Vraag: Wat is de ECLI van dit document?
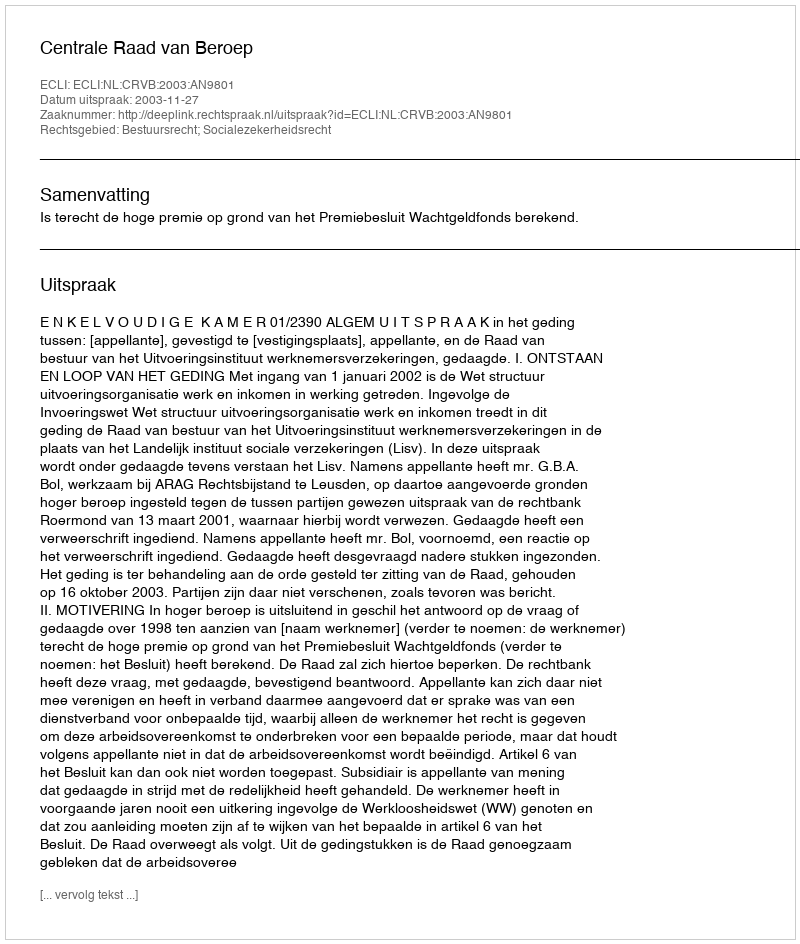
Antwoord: ECLI:NL:CRVB:2003:AN9801